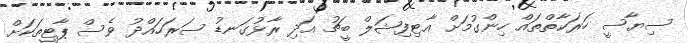
ސިޔާސީ ހަރަކާތްތައް ހިންގުމަށް އާޓިފިޝަލް ބީޗު އަދި ރާޅުގަނޑު ސަރަހައްދު ވެސް ޕާޓީތަކަށް